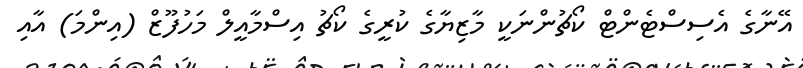
އޭނާގެ އެސިސްޓެންޓް ކޯޗުންނަކީ މާޒިޔާގެ ކުރީގެ ކޯޗު އިސްމާއީލް މަހުފޫޒް (އިންމަ) އާއި